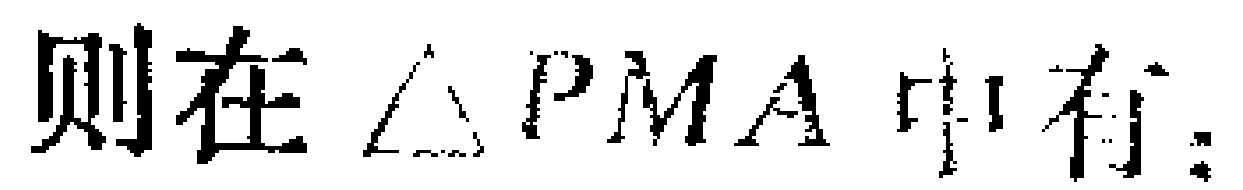
则在$\triangle PMA$中有：